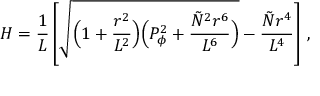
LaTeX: H = \frac { 1 } { L } \left[ \sqrt { \Bigl ( 1 + \frac { r ^ { 2 } } { L ^ { 2 } } \Bigr ) \Bigl ( P _ { \phi } ^ { 2 } + \frac { { \tilde { N } } ^ { 2 } r ^ { 6 } } { L ^ { 6 } } \Bigr ) } - \frac { { \tilde { N } } r ^ { 4 } } { L ^ { 4 } } \right] \, ,